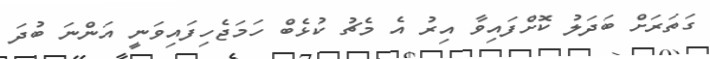
ގަތަރަށް ބަދަލު ކޮށްފައިވާ އިރު އެ މެޗު ކުޅެބް ހަމަޖެހިފައިވަނީ އަންނަ ބުދަ